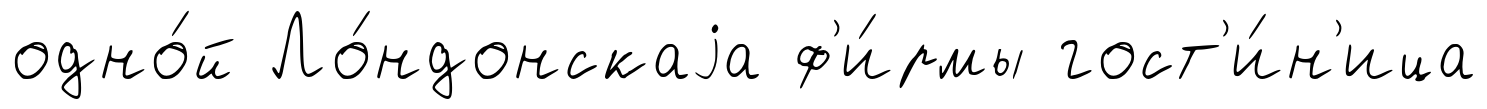
одно́й Ло́ндонскаjа ф'и́рмы гост'и́н'ица